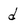
Character: d